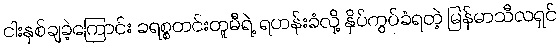
ငါးနှစ်ချခဲ့ကြောင်း ခရစ္စတင်းတူမီရဲ့ ရဟန်းခံလို့ နှိပ်ကွပ်ခံရတဲ့ မြန်မာသီလရှင်